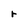
Character: r